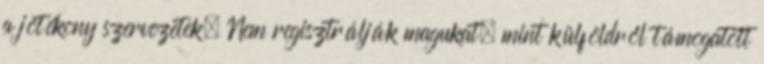
a jótékony szervezetek. Nem regisztrálják magukat, mint külföldről támogatott